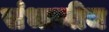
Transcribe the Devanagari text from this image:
संभाजीच